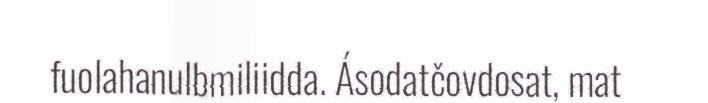
fuolahanulbmiliidda. Ásodatčovdosat, mat